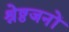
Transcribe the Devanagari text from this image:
श्रेष्ठजनों